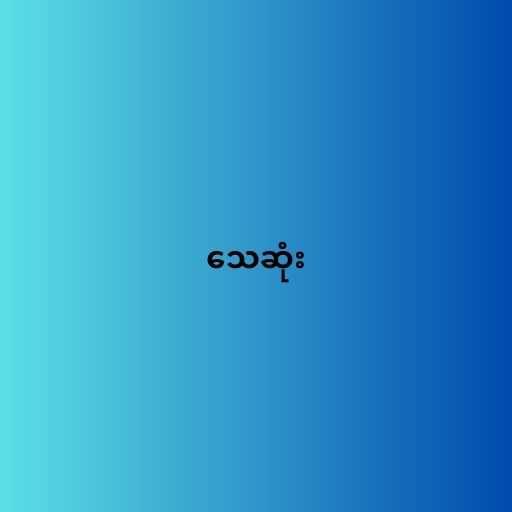
သေဆုံး